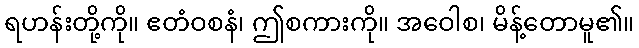
ရဟန်းတို့ကို။ ဧတံဝစနံ၊ ဤစကားကို။ အဝေါစ၊ မိန့်တောမူ၏။